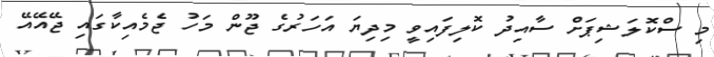
މި ސްކޮލަޝިޕަށް ސާއިދު ކޮލިފައިވީ މިދިޔަ އަހަރުގެ ޖޫން މަހު ޖެމެއިކާގައި ޖޭއޭއޭ